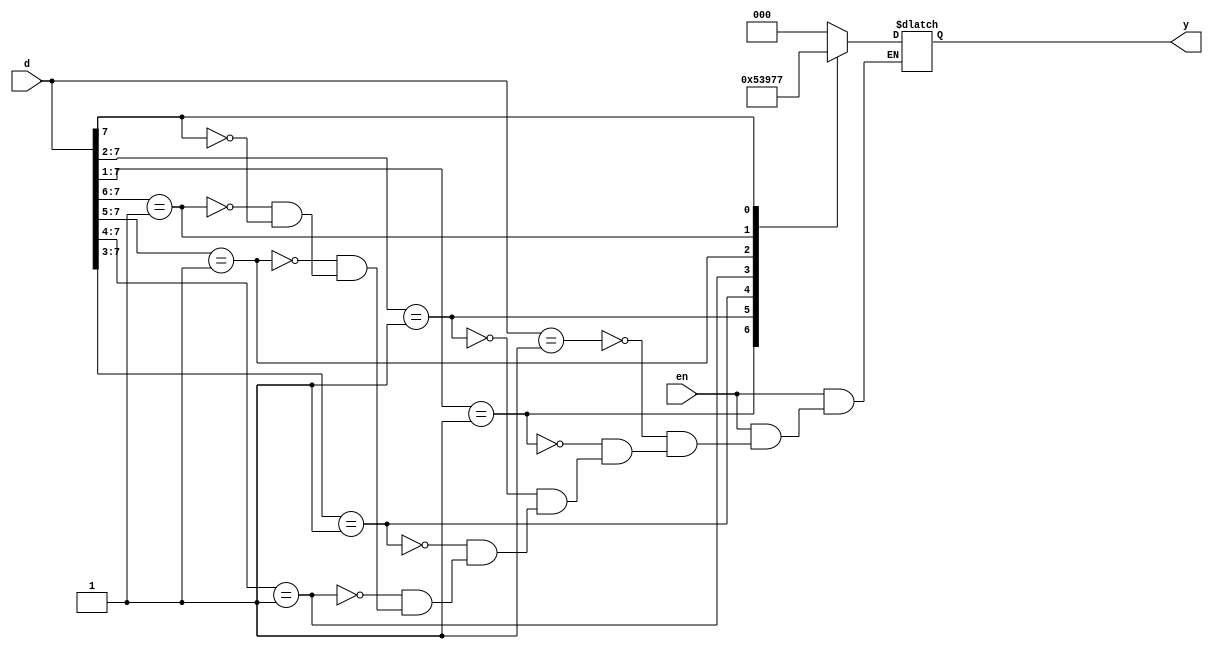
`timescale 1ns / 1ps
//////////////////////////////////////////////////////////////////////////////////
// Company: 
// Engineer: 
// 
// Design Name:  Priority Encoder
// Module Name:    pri_en 
// Author Name: Ummidi Chandrika

 //////////////////////////////////////////////////////////////////////////////////
module pri_en(d,y,en);
input [7:0] d;
input en;
output  [2:0] y;
reg [2:0] y;
always @(d or en )
begin
if(en)
begin
casex(d)

8'b00000001:y=3'b000;
8'b0000001x:y=3'b001;
8'b000001xx:y=3'b010;
8'b00001xxx:y=3'b011;
8'b0001xxxx:y=3'b100;
8'b001xxxxx:y=3'b101;
8'b01xxxxxx:y=3'b110;
8'b1xxxxxxx:y=3'b111;
endcase
end
else
begin
y=3'bxxx;
end
end

endmodule